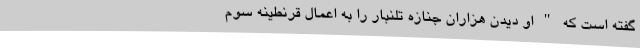
گفته است که " او دیدن هزاران جنازه تلنبار را به اعمال قرنطینه سوم